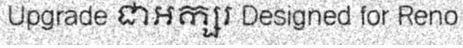
Upgrade ជាអក្សរ Designed for Reno